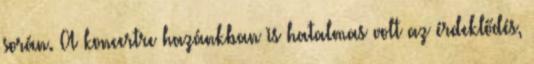
során. A koncertre hazánkban is hatalmas volt az érdeklődés,